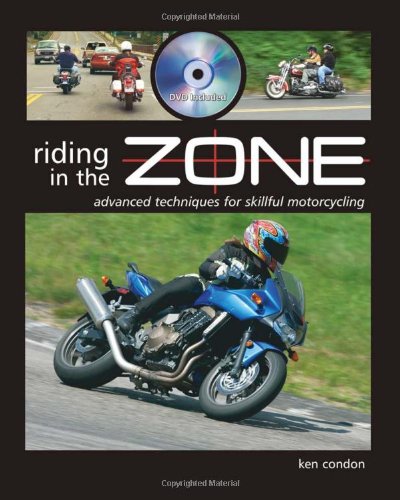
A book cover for Riding in the Zone; Ken Condon; Engineering & Transportation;